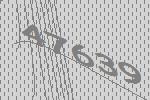
47639